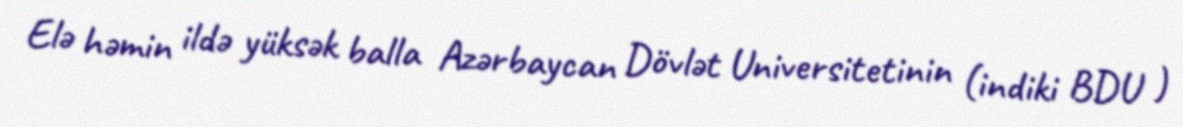
Elə həmin ildə yüksək balla Azərbaycan Dövlət Universitetinin (indiki BDU )